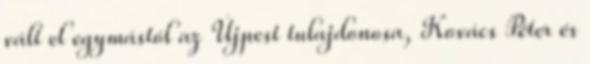
vált el egymástól az Újpest tulajdonosa, Kovács Péter és